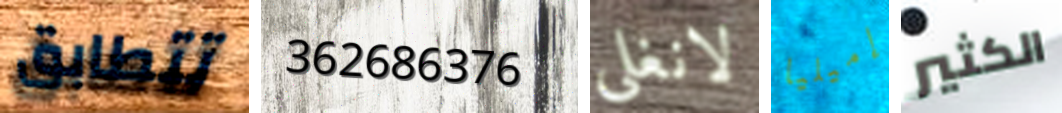
تتطابق 362686376 لانغلي إميليا الكثير